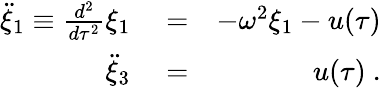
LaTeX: \begin{array}{rlr}{\ddot{\xi}_{1}\equiv\frac{d^{2}}{d\tau^{2}}\xi_{1}}&{{}=}&{-\omega^{2}\xi_{1}-u(\tau)}\\ {\ddot{\xi}_{3}}&{{}=}&{u(\tau)~.}\end{array}